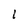
Character: 1